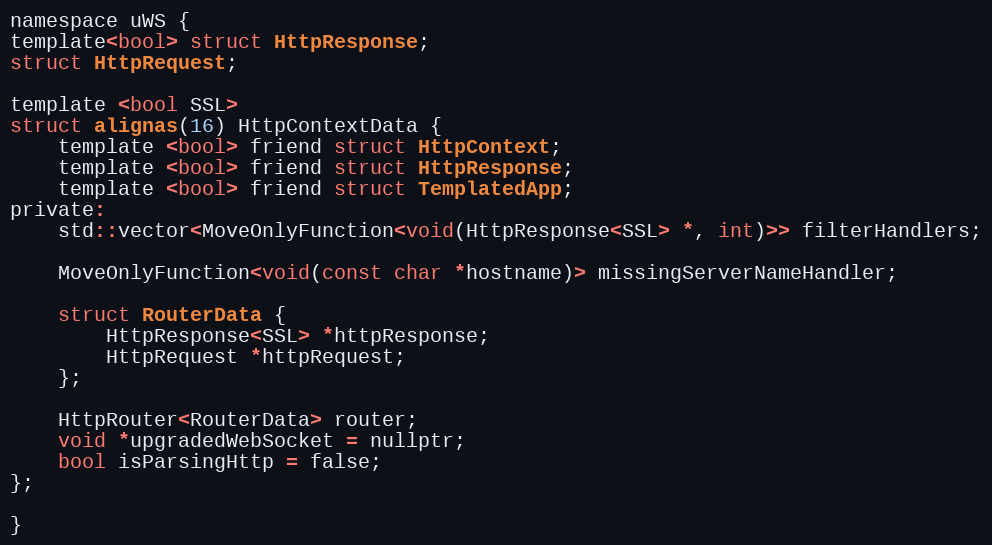
Language: C
namespace uWS {
template<bool> struct HttpResponse;
struct HttpRequest;

template <bool SSL>
struct alignas(16) HttpContextData {
    template <bool> friend struct HttpContext;
    template <bool> friend struct HttpResponse;
    template <bool> friend struct TemplatedApp;
private:
    std::vector<MoveOnlyFunction<void(HttpResponse<SSL> *, int)>> filterHandlers;

    MoveOnlyFunction<void(const char *hostname)> missingServerNameHandler;

    struct RouterData {
        HttpResponse<SSL> *httpResponse;
        HttpRequest *httpRequest;
    };

    HttpRouter<RouterData> router;
    void *upgradedWebSocket = nullptr;
    bool isParsingHttp = false;
};

}